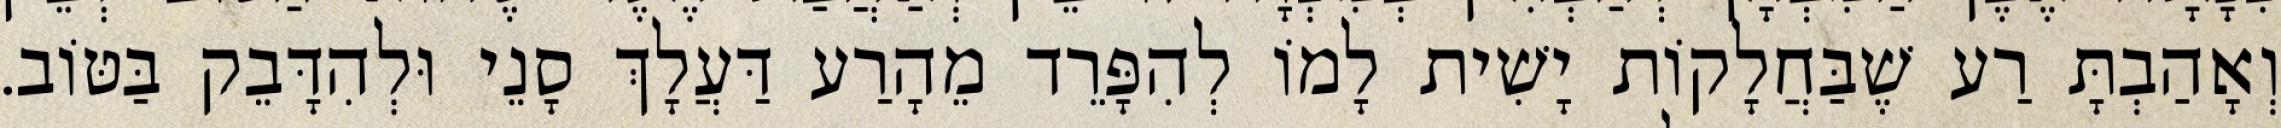
וְאָהַבְתָּ רַע שֶׁבַּחֲלָקוֹת יָשִׁית לָמוֹ לְהִפָּרֵד מֵהָרַע דַּעֲלָךְ סָנֵי וּלְהִדָּבֵק בַּטּוֹב.